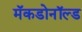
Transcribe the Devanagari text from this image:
मॅकडोनॉल्ड